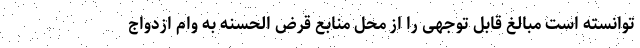
توانسته است مبالغ قابل توجهی را از محل منابع قرض الحسنه به وام ازدواج